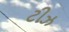
ટીઝ